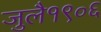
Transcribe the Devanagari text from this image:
जुलै१९०६